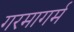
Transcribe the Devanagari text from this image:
गरमागर्म